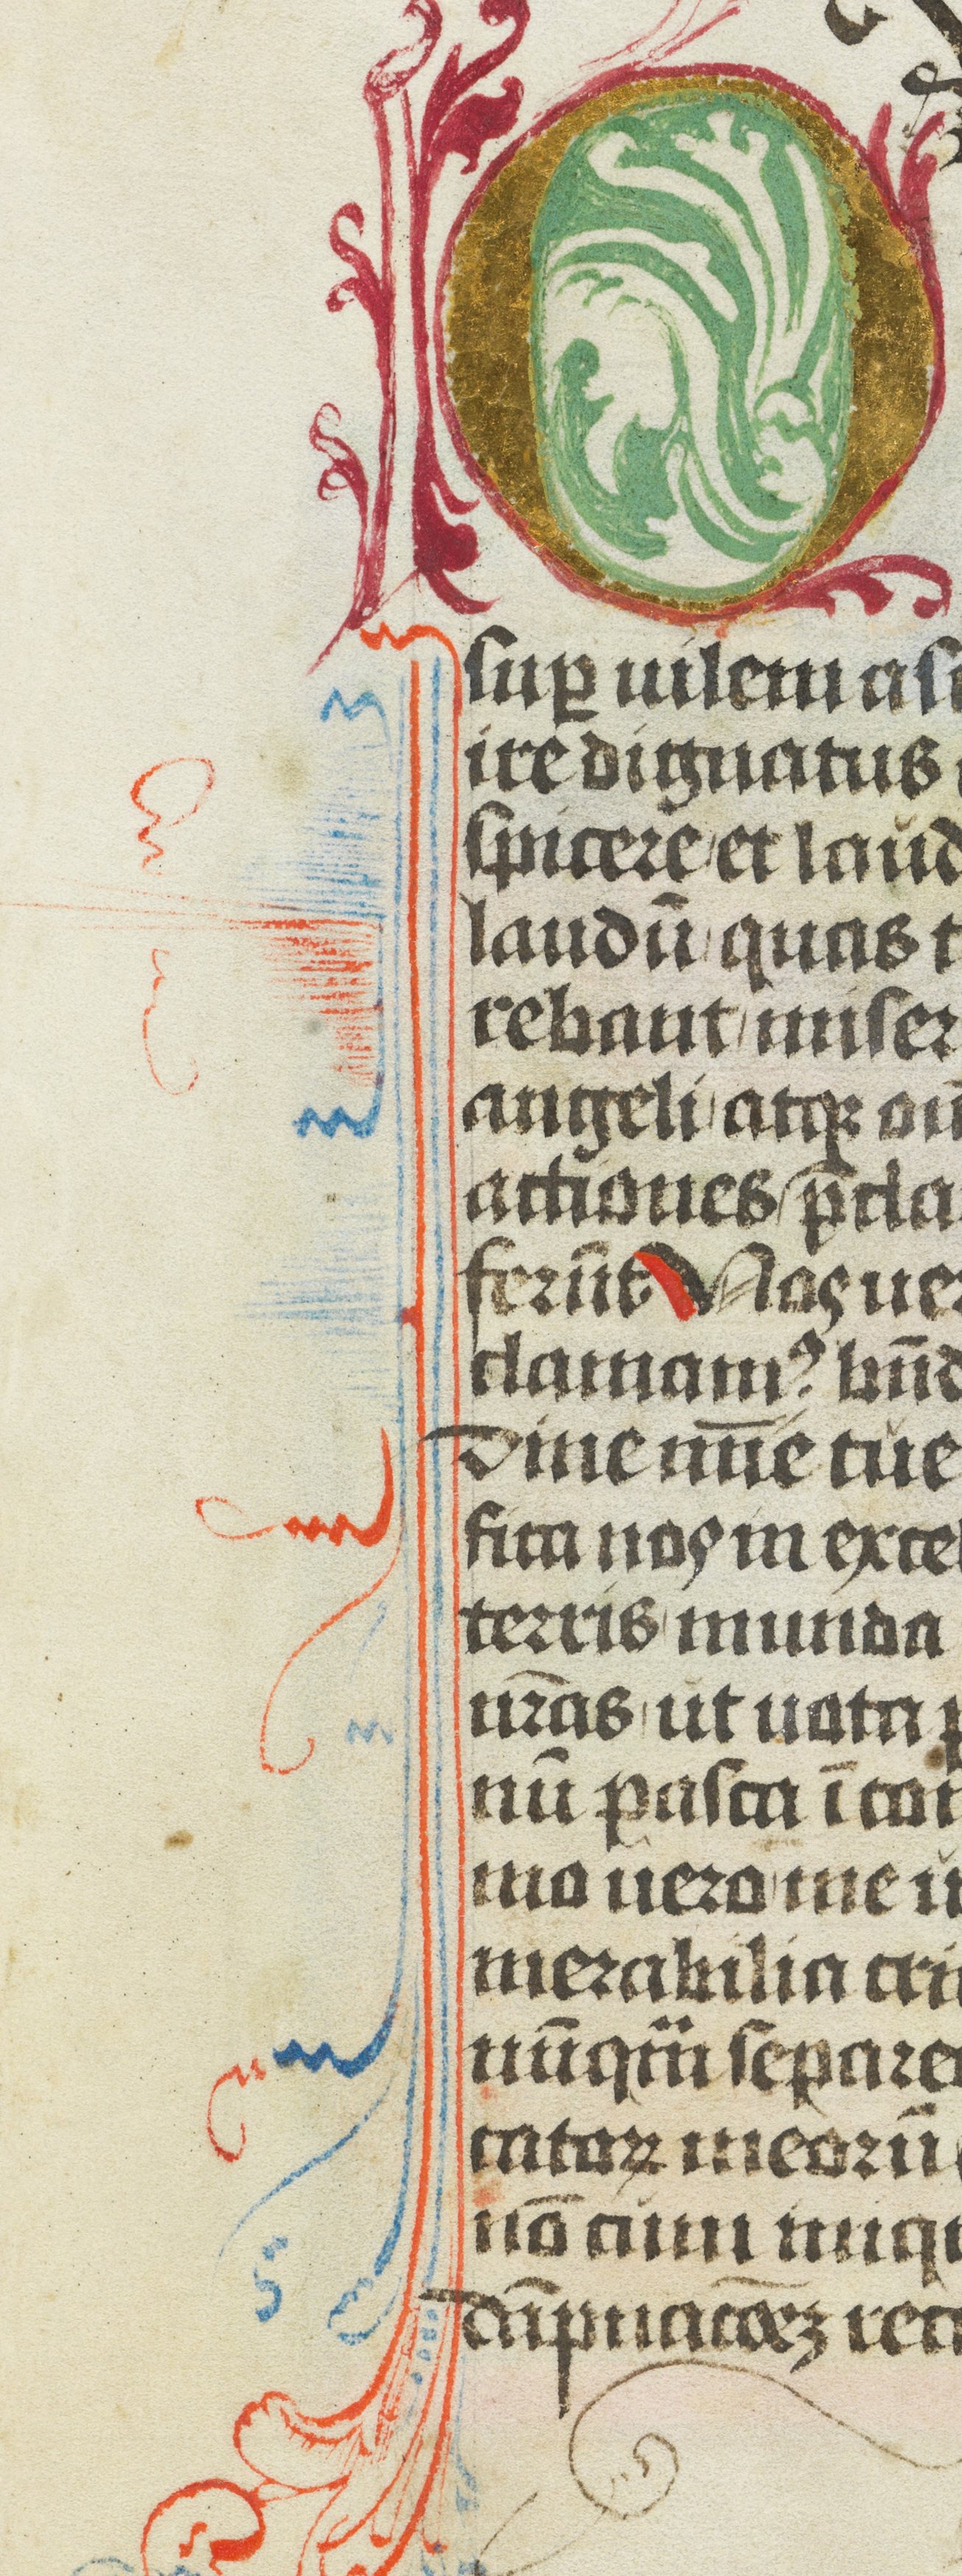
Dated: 1472–1472